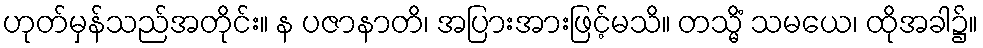
ဟုတ်မှန်သည်အတိုင်း။ န ပဇာနာတိ၊ အပြားအားဖြင့်မသိ။ တသ္မိံ သမယေ၊ ထိုအခါ၌။